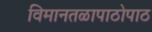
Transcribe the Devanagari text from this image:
विमानतळापाठोपाठ